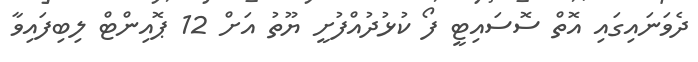
ދެވަނައިގައި އޮތް ސޮސައިޓީ ފޯ ކުޅުދުއްފުށީ ޔޫތު އަށް 12 ޕޮއިންޓް ލިބިފައިވާ